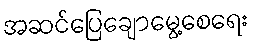
အဆင်ပြေချောမွေ့စေရေး